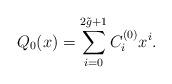
LaTeX: \begin{align*} Q_0(x)=\sum_{i=0}^{2\tilde g+1} C_i^{(0)} x^i.\end{align*}